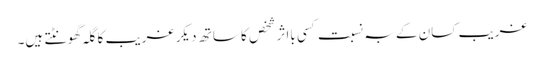
غریب کسان کے بہ نسبت کسی بااثر شخص کا ساتھ دیکر غریب کا گلہ گھونٹتے ہیں۔